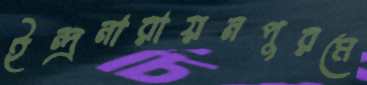
ইন্দ্রনারায়নপুরমে